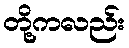
တို့ကလည်း